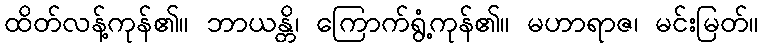
ထိတ်လန့်ကုန်၏။ ဘာယန္တိ၊ ကြောက်ရွံ့ကုန်၏။ မဟာရာဇ၊ မင်းမြတ်။